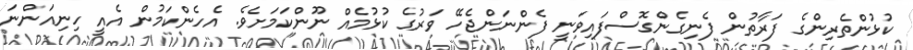
ކުޅުންތެރިންގެ ފަރާތުން ފެނިގެންގޮސްފައިވަނީ ފެންނަންޖެހޭ ވަރުގެ ކުޅުމެއް ނޫންކަމަށެވެ. އެހެންކަމުން އެއީ ހިނިއަންނަ